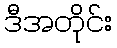
ဒီအတိုင်း